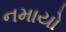
નમાયો